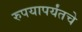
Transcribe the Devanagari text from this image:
रुपयापर्यंतचे